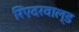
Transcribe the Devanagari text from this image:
रिएदरवाल्ड